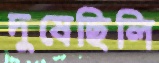
দুষেছিলি